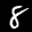
Label: 8